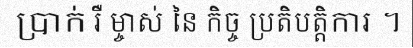
ប្រាក់ រឺ ម្ចាស់ នៃ កិច្ច ប្រតិបត្តិការ ។